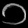
Digit: ၁